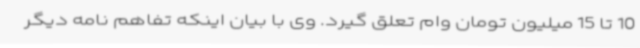
10 تا 15 میلیون تومان وام تعلق گیرد. وی با بیان اینکه تفاهم نامه دیگر